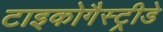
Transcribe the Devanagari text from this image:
टाइकोगैस्ट्रीडे